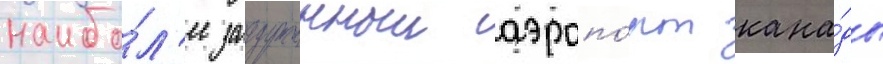
наибо́л'ее загруженныи аэропо́рт кана́ды